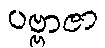
ပဗ္ဗာဇာ